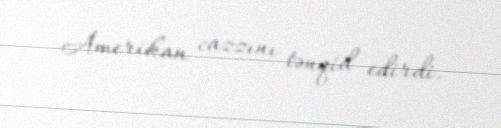
Amerikan cazzını tənqid edirdi.